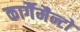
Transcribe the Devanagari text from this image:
कार्गैमैन्टो